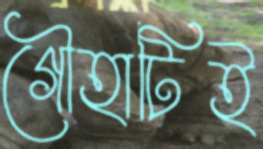
গৌহাটিই